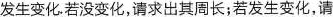
发生变化。若没变化，请求出其周长；若发生变化，请